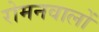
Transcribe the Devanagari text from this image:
रोमनवालों